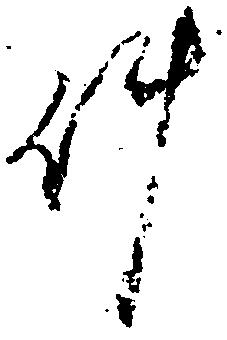
件